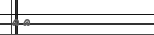
٥٩